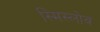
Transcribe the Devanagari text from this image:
स्मिस्लोव